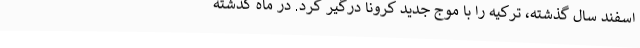
اسفند سال گذشته، ترکیه را با موج جدید کرونا درگیر کرد. در ماه گذشته